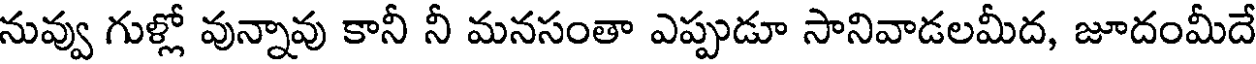
నువ్వు గుళ్లో వున్నావు కానీ నీ మనసంతా ఎప్పుడూ సానివాడలమీద, జూదంమీదే